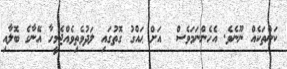
ކަންތަކެއް ނޫނެވެ. އެހެންނަމަވެސް  އަށް ޙައްގު ގޮތުގައި ލަދުވެތިވެއްޖެމީހާ އޭނާގެ ބޮލާއި